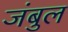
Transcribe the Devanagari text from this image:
जंबुल